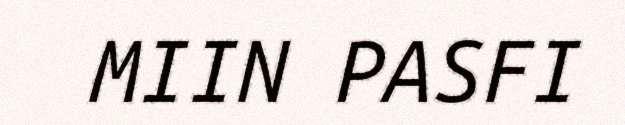
MIIN PASFI